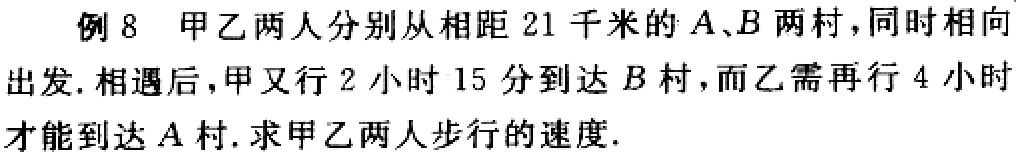
例8 甲乙两人分别从相距21千米的\(A、B\)两村，同时相向出发. 相遇后，甲又行2小时15分到 达\(B\)村，而乙需再行4小时才能到达\(A\)村. 求甲乙两人步行的速度.